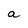
Character: a